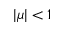
| \mu | < 1